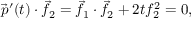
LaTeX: { \vec { p } } ^ { \prime } ( t ) \cdot { \vec { f } } _ { 2 } = { \vec { f } } _ { 1 } \cdot { \vec { f } } _ { 2 } + 2 t f _ { 2 } ^ { 2 } = 0 ,